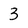
Character: 3